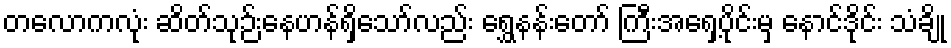
တလောကလုံး ဆိတ်သုဉ်းနေဟန်ရှိသော်လည်း ရွှေနန်းတော် ကြီးအရှေ့ပိုင်းမှ နောင်ဒိုင်း သံချို